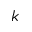
k